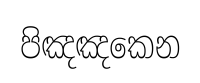
පිඤඤකෙන